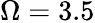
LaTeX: \Omega=3.5